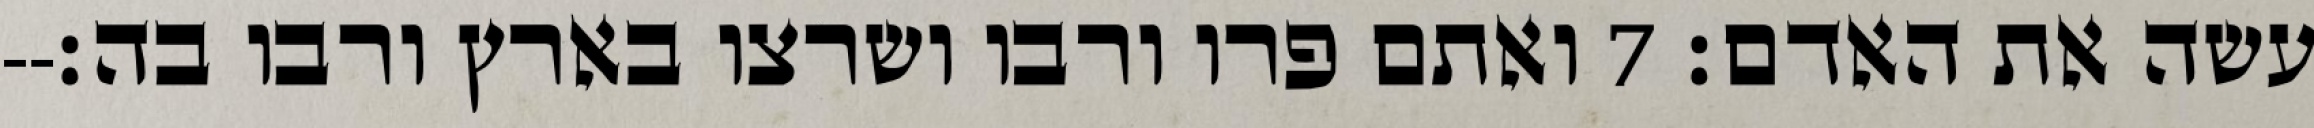
עשה את האדם׃ ‎7‏ ואתם פרו ורבו ושרצו בארץ ורבו בה׃--